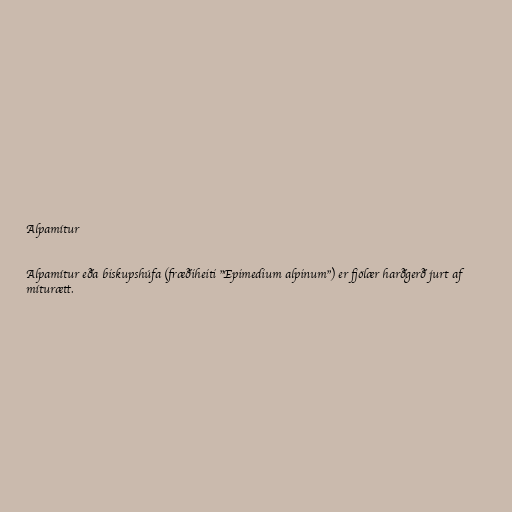
Alpamítur

Alpamítur eða biskupshúfa (fræðiheiti "Epimedium alpinum") er fjölær harðgerð jurt af
míturætt.